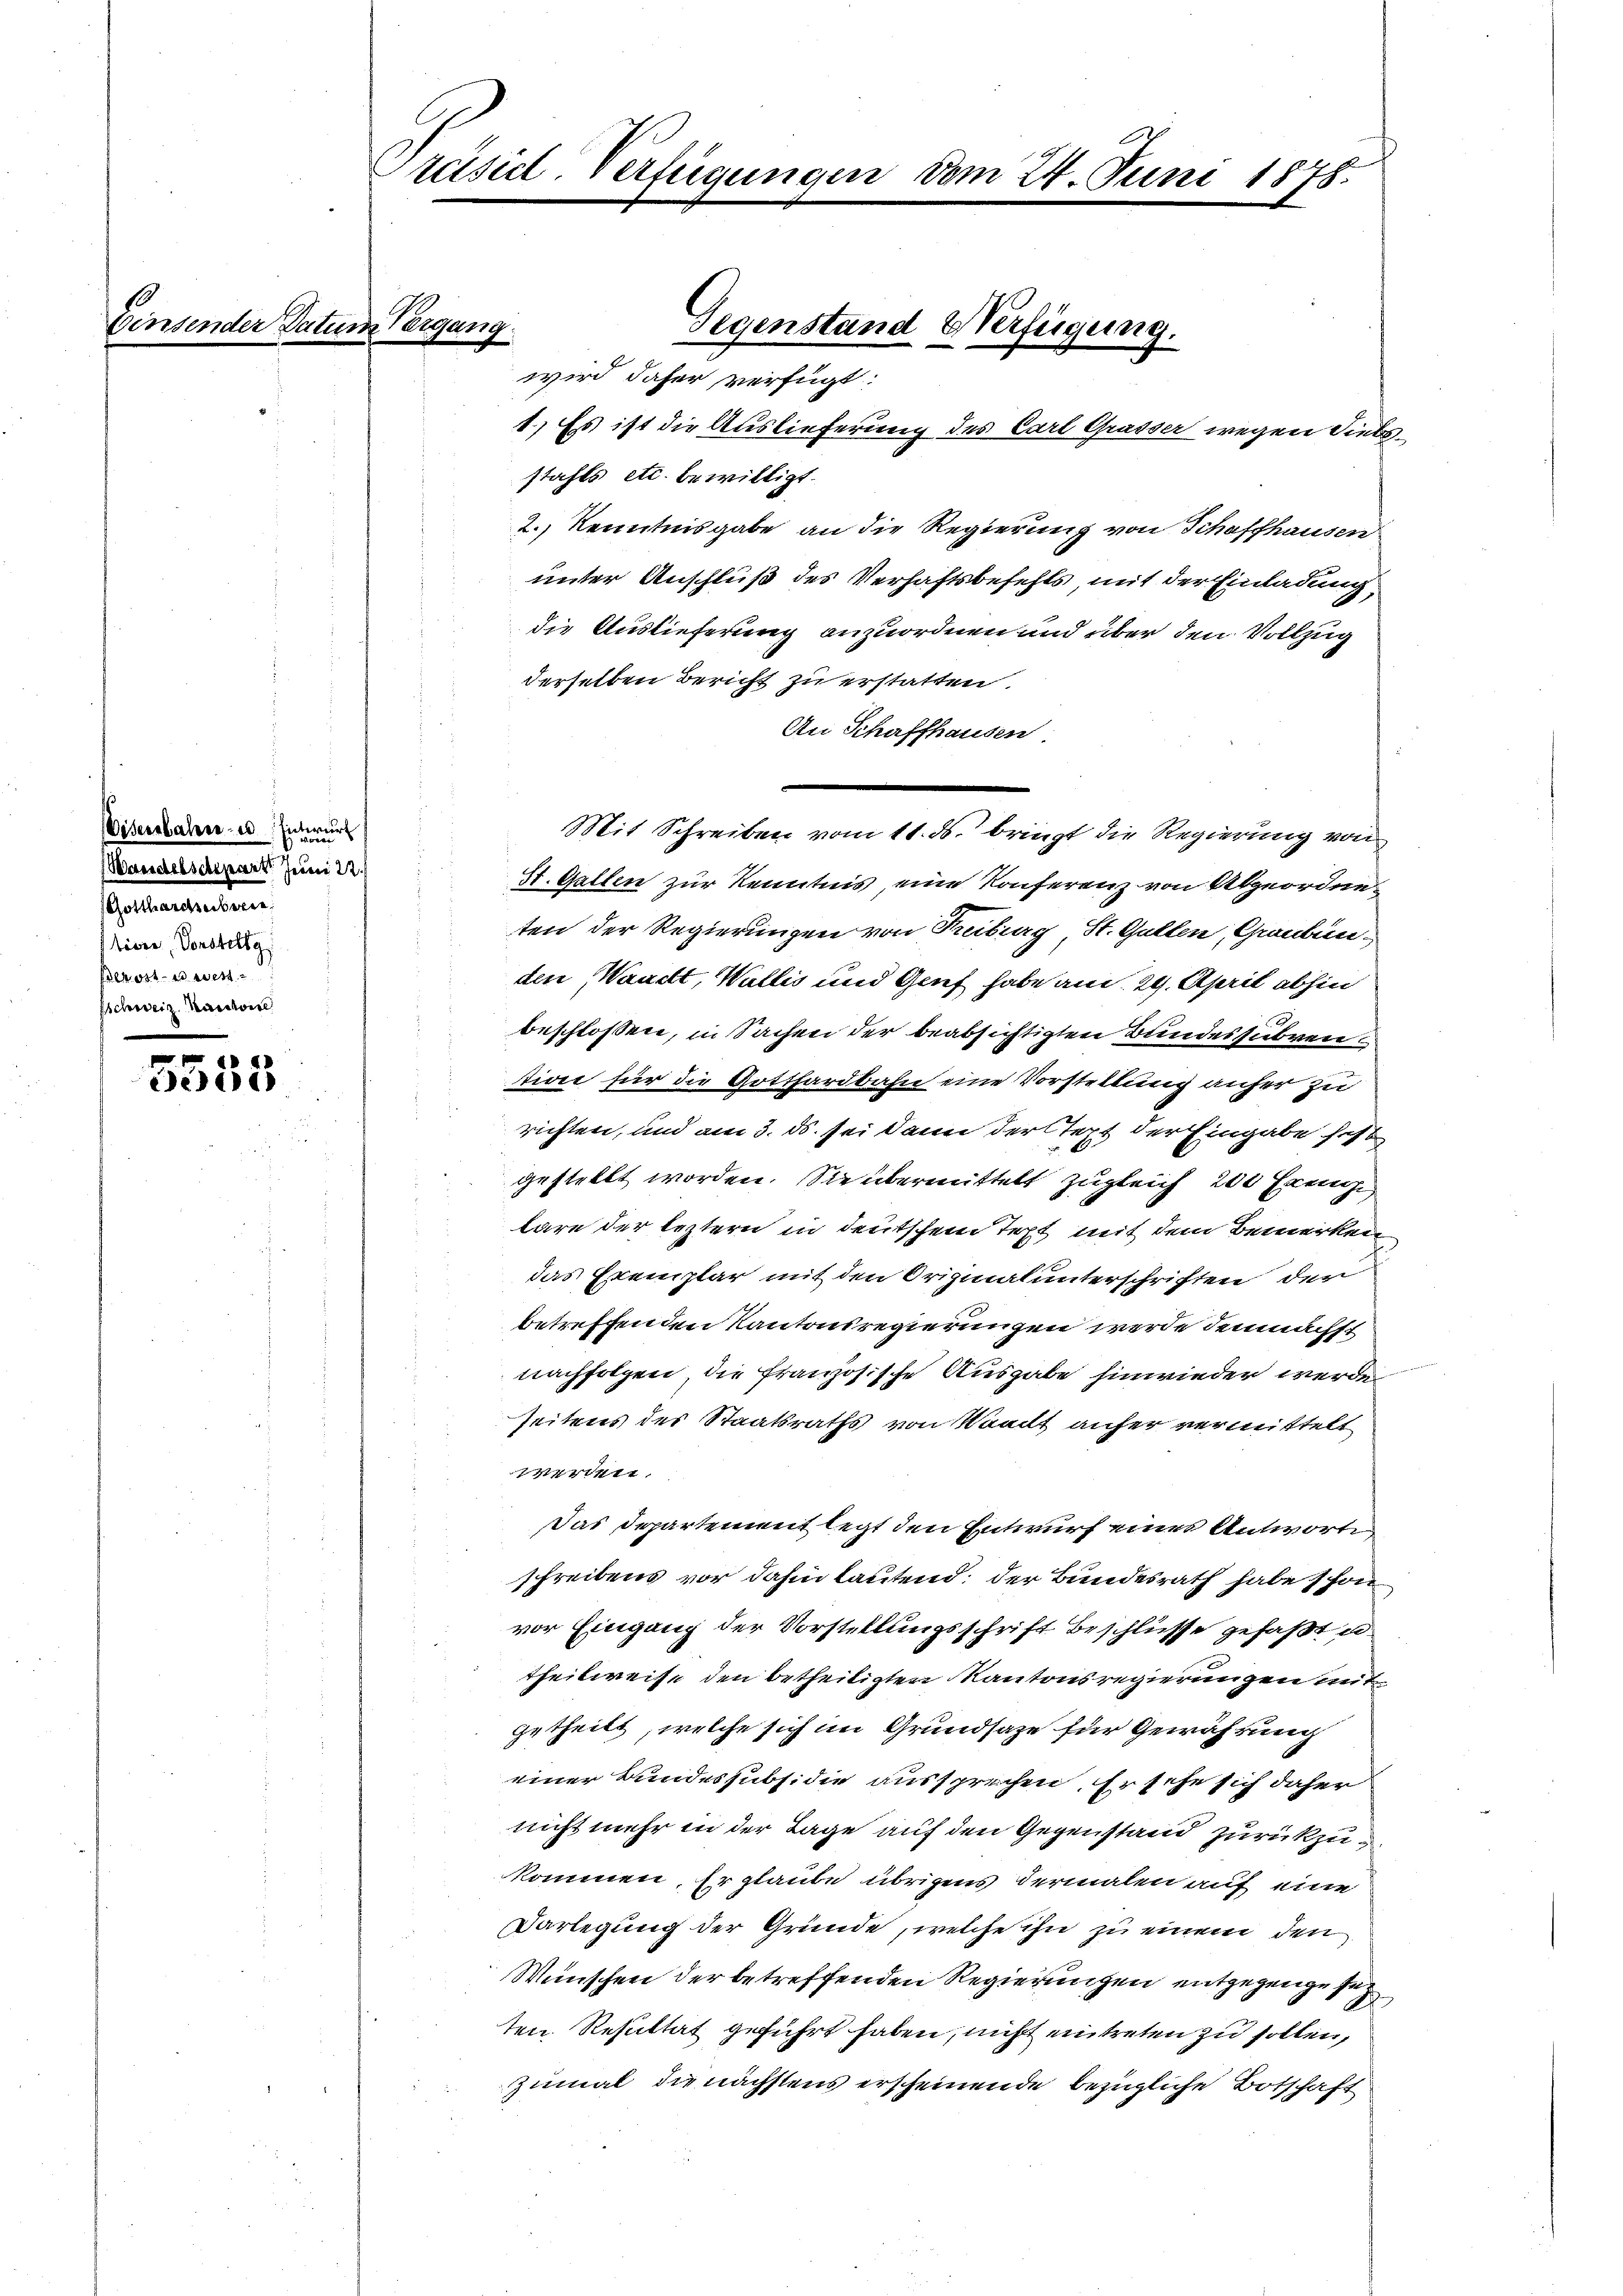
Con

Eisenbahn- u. Entwurf
Wandelscheparte Juni 18
Sultatenten
tiere Vorstellg
alkost es west
sschweiz. Kanton

.
dedi

Präsidl-Verfügungen vom 24. Juni 1878.

29
1.) Es ist die Auslieferung des Carl Grasser wegen Siebe
stahls etc. bewilligt.
2.) Kenntnisgabe an die Regierung von Schaffhausen
unter Anschluß des Verhaftsbefehls mit der Einladung,
die Auslieferung anzuordnen und über den Vollzug
derselben Bericht zu erstatten.
An Schaffhausen
St. Gallen zur Kenntnis, eine Konferenz von Abgeordne
ten der Regierungen von Treiburg, St. Gallen, Graubünden Waadt, Wallis und Genf habe an d. 29. April abhin
beschlossen, in Sachen der beabsichtigten Bundessubven
tion für die Gotthardbahn eine Vorstellung anfer zu
richten, und am 3. ds. sei dann der Text der Eingabe fest
gestellt worden. Sie übermittelt zugleich 200 Franz
lare der leztern in deutschem Text mit dem Bemerken
das Exemplar mit den Originalunterschriften der
betreffenden Kantonsregierungen werde demnächst
nachfolgen, die französische Ausgabe hinwieder werde
seitens des Staatsraths von Waadt anher vermittelt
werden.
Das Departement legt den Entwurf eines Antworte
schreibens vor dahin lautend: der Bundesrath habe schon
vor Eingang der Vorstellungsschrift Beschlüsse gefaßt u.
theilweise den betheiligten Kantonsregierungen mit
getheilt, welche sich im Grundsaze für Gewährung
einer Bundes subsidie aussprechen, Er sehe sich daher
nicht mehr in der Tage auf den Gegenstand zurückzukommen. Er glaube übrigens dermalen auf eine
Darlegung der Gründe, welche ihn zu einem den
Wünschen der betreffenden Regierungen entgegengese
ten Resultat geführt haben, nicht eintreten zu sollen,
zumal die nächstens erscheinende bezügliche Botschaft

wird daher verfügt:

Gegenstand & Verfügung.

Mit Schreiben vom 11. ds. bringt die Regierung von